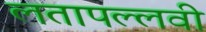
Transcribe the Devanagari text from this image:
लतापल्लवी